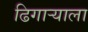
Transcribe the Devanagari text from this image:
ढिगाऱ्याला